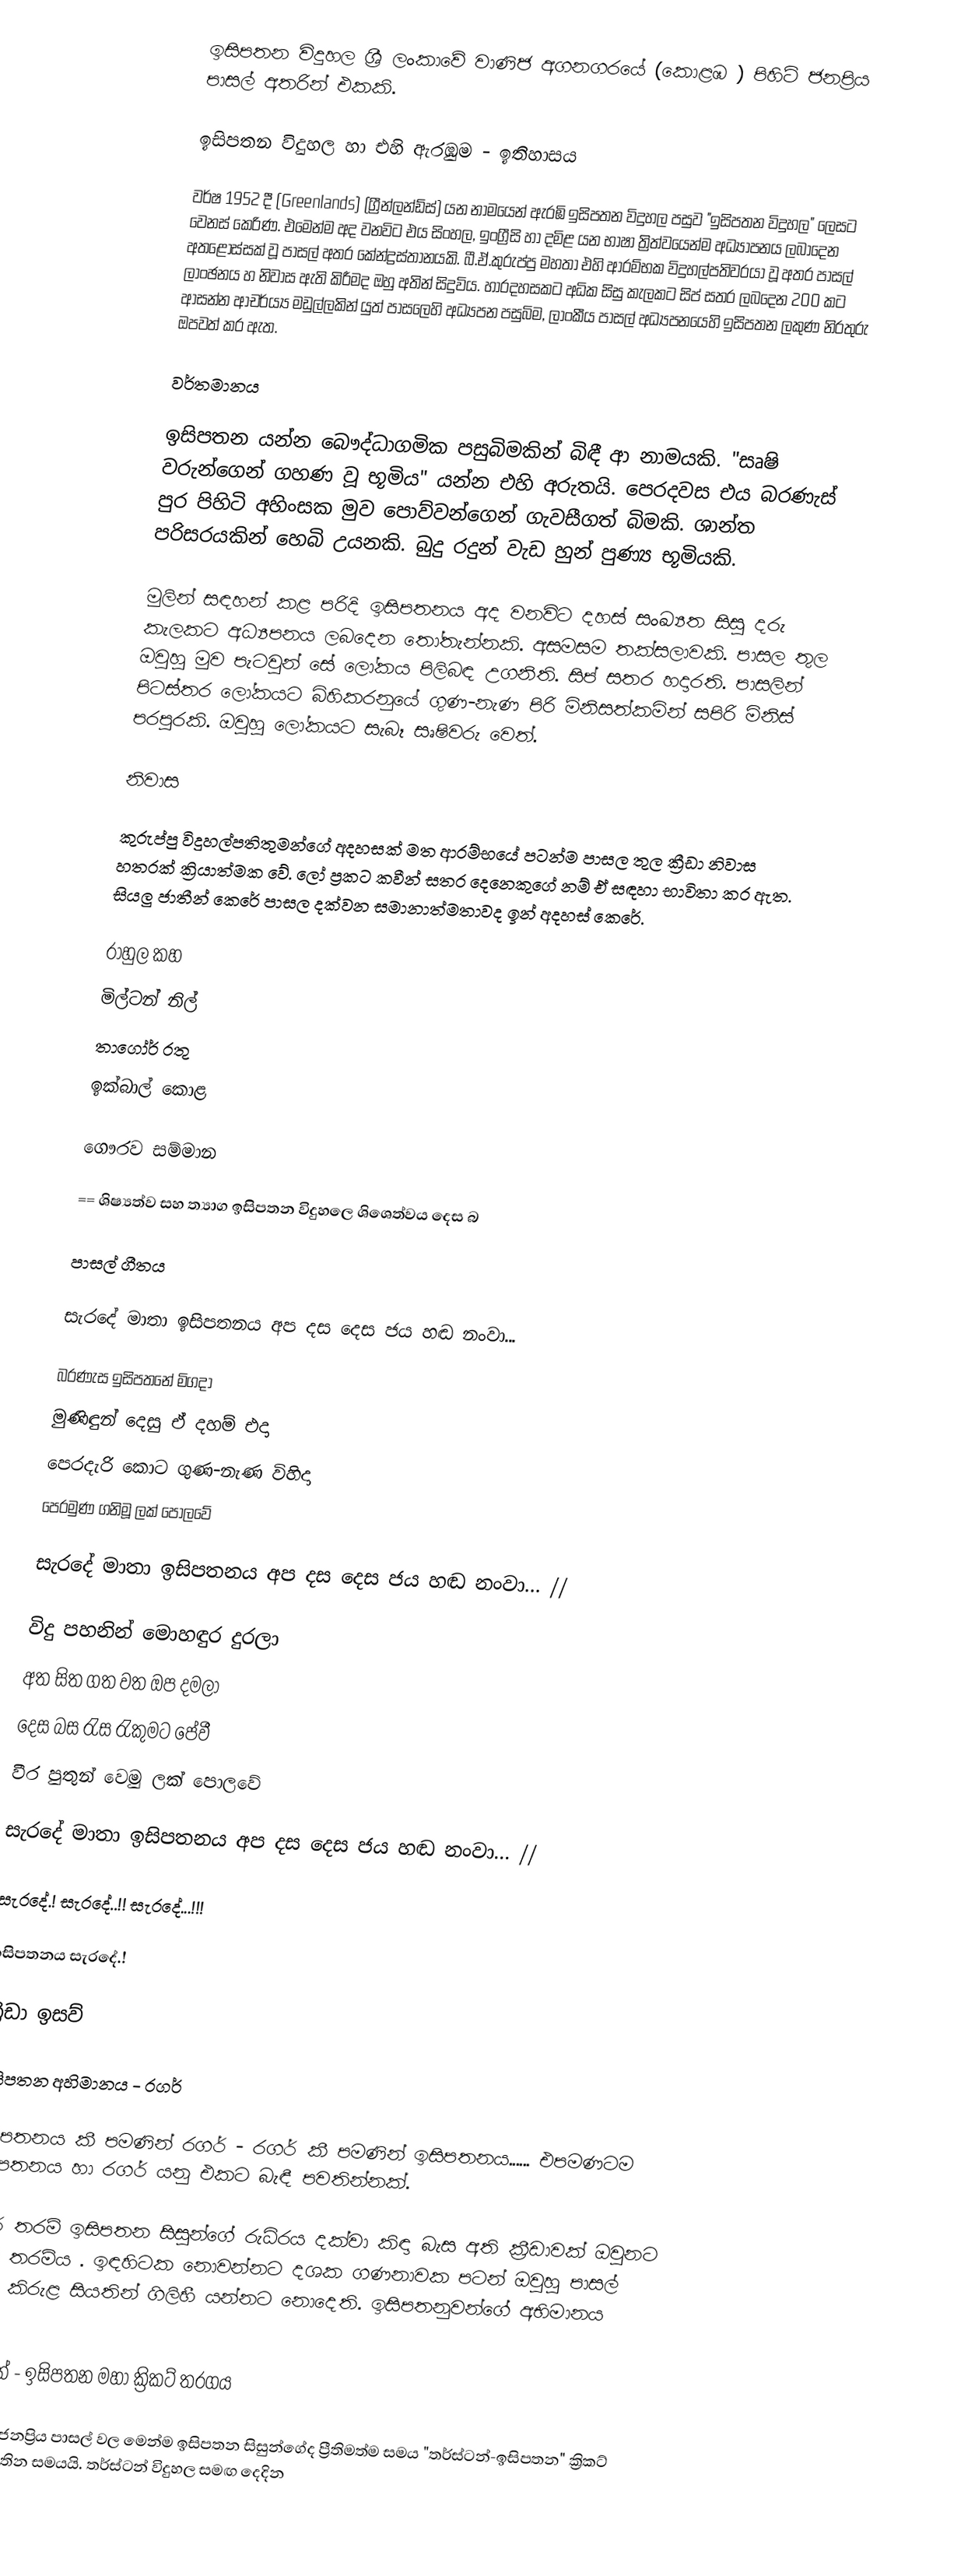
ඉසිපතන විදුහල ශ්‍රී ලංකාවේ වාණිජ අගනගරයේ (කොළඹ ) පිහිටි ජනප්‍රිය පාසල් අතරින් එකකි.

ඉසිපතන විදුහල හා එහි ඇරඹුම - ඉතිහාසය

වර්ෂ 1952 දී (Greenlands) (ග්‍රීන්ලන්ඩ්ස්) යන නාමයෙන් ඇරඹි ඉසිපතන විදුහල පසුව "ඉසිපතන විදුහල" ලෙසට වෙනස් කෙරිණ. එමෙන්ම අද වනවිට එය සිංහල, ඉංග්‍රීසි හා දමිළ යන භාෂා ත්‍රිත්වයෙන්ම අධ්‍යාපනය ලබාදෙන අතළොස්සක් වූ පාසල් අතර කේන්ද්‍රස්තානයකි. බී.ඒ.කුරුප්පු මහතා එහි ආරම්භක විදුහල්පතිවරයා වූ අතර පාසල් ලාංඡනය හ නිවාස ඇති කිරීමද ඔහු අතින් සිදුවිය. හාරදහසකට අධික සිසු කැලකට සිප් සතර ලබදෙන 200 කට ආසන්න ආචර්ය්‍ය මඩුල්ලකින් යුත් පාසලෙහි අධ්‍යපන පසුබිම, ලාංකීය පාසල් අධ්‍යපනයෙහි ඉසිපතන ලකුණ නිරතුරු ඔපවත් කර ඇත.

වර්තමානය

ඉසිපතන යන්න බෞද්ධාගමික පසුබිමකින් බිඳී ආ නාමයකි. "සෘෂි වරුන්ගෙන් ගහණ වූ භූමිය" යන්න එහි අරුතයි. පෙරදවස එය බරණැස් පුර පිහිටි අහිංසක මුව පොව්වන්ගෙන් ගැවසීගත් බිමකි. ශාන්ත පරිසරයකින් හෙබි උයනකි. බුදු රදුන් වැඩ හුන් පුණ්‍ය භූමියකි.

මුලින් සඳහන් කළ පරිදි ඉසිපතනය අද වනවිට දහස් සංඛ්‍යත සිසු දරු කැලකට අධ්‍යපනය ලබදෙන තෝතැන්නකි. අසමසම තක්සලාවකි. පාසල තුල ඔවුහු මුව පැටවුන් සේ ලෝකය පිලිබඳ උගනිති. සිප් සතර හදාරති. පාසලින් පිටස්තර ලෝකයට බිහිකරනුයේ ගුණ-නැණ පිරි මිනිසත්කමින් සපිරි මිනිස් පරපුරකි. ඔවුහු ලෝකයට සැබෑ සෘෂිවරු වෙත්.

නිවාස

කුරුප්පු විදුහල්පතිතුමන්ගේ අදහසක් මත ආරම්භයේ පටන්ම පාසල තුල ක්‍රීඩා නිවාස හතරක් ක්‍රියාත්මක වේ. ලෝ ප්‍රකට කවීන් සතර දෙනෙකුගේ නම් ඒ සඳහා භාවිතා කර ඇත. සියලු ජාතීන් කෙරේ පාසල දක්වන සමානාත්මතාවද ඉන් අදහස් කෙරේ.

රාහුල     කහ
මිල්ටන්   නිල්
තාගෝර්    රතු
ඉක්බාල්     කොළ

ගෞරව සම්මාන

== ශිෂ්‍යත්ව සහ ත්‍යාග ඉසිපතන විදුහලෙ ශිශෙත්වය දෙස බ

පාසල් ගීතය

සැරදේ මාතා ඉසිපතනය අප දස දෙස ජය හඬ නංවා...

බරණැස ඉසිපතනේ මිගදා
මුණිඳුන් දෙසු ඒ දහම් එදා
පෙරදැරි කොට ගුණ-නැණ විහිදා
පෙරමුණ ගනිමූ ලක් පොලවේ

සැරදේ මාතා ඉසිපතනය අප දස දෙස ජය හඬ නංවා... //

විදු පහනින් මොහඳුර දුරලා
අත සිත ගත වත ඔප දමලා
දෙස බස රැස රැකුමට පේවී
වීර පුතුන් වෙමු ලක් පොලවේ

සැරදේ මාතා ඉසිපතනය අප දස දෙස ජය හඬ නංවා... //

සැරදේ.! සැරදේ..!! සැරදේ...!!!

ඉසිපතනය සැරදේ.!

ක්‍රීඩා ඉසව්

ඉසිපතන අහිමානය - රගර්

ඉසිපතනය කී පමණින් රගර් - රගර් කී පමණින් ඉසිපතනය...... එපමණටම ඉසිපතනය හා රගර් යනු එකට බැඳී පවතින්නක්.

රගර් තරම් ඉසිපතන සිසුන්ගේ රුධිරය දක්වා කිඳා බැස අති ක්‍රීඩාවක් ඔවුනට නැති තරම්ය . ඉඳහිටක නොවන්නට දශක ගණනාවක පටන් ඔවුහු පාසල් රගර් කිරුළ සියතින් ගිලිහී යන්නට නොදෙති. ඉසිපතනුවන්ගේ අභිමානය එයයි.

තර්ස්ටන් - ඉසිපතන මහා ක්‍රිකට් තරගය

බොහෝ ජනප්‍රිය පාසල් වල මෙන්ම ඉසිපතන සිසුන්ගේද ප්‍රීතිමත්ම සමය "තර්ස්ටන්-ඉසිපතන" ක්‍රිකට් ගැටුම පවතින සමයයි. තර්ස්ටන් විදුහල සමඟ දෙදින